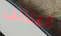
القذائف